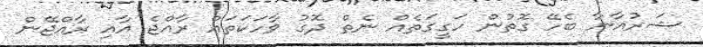
ޝަރުއާނާ ބެހޭ ގޮތުން ހަގީގަތެއް ނެތް ދޮގު ވާހަކަތައް ރާއްޖެ އާއި ރާއްޖޭން